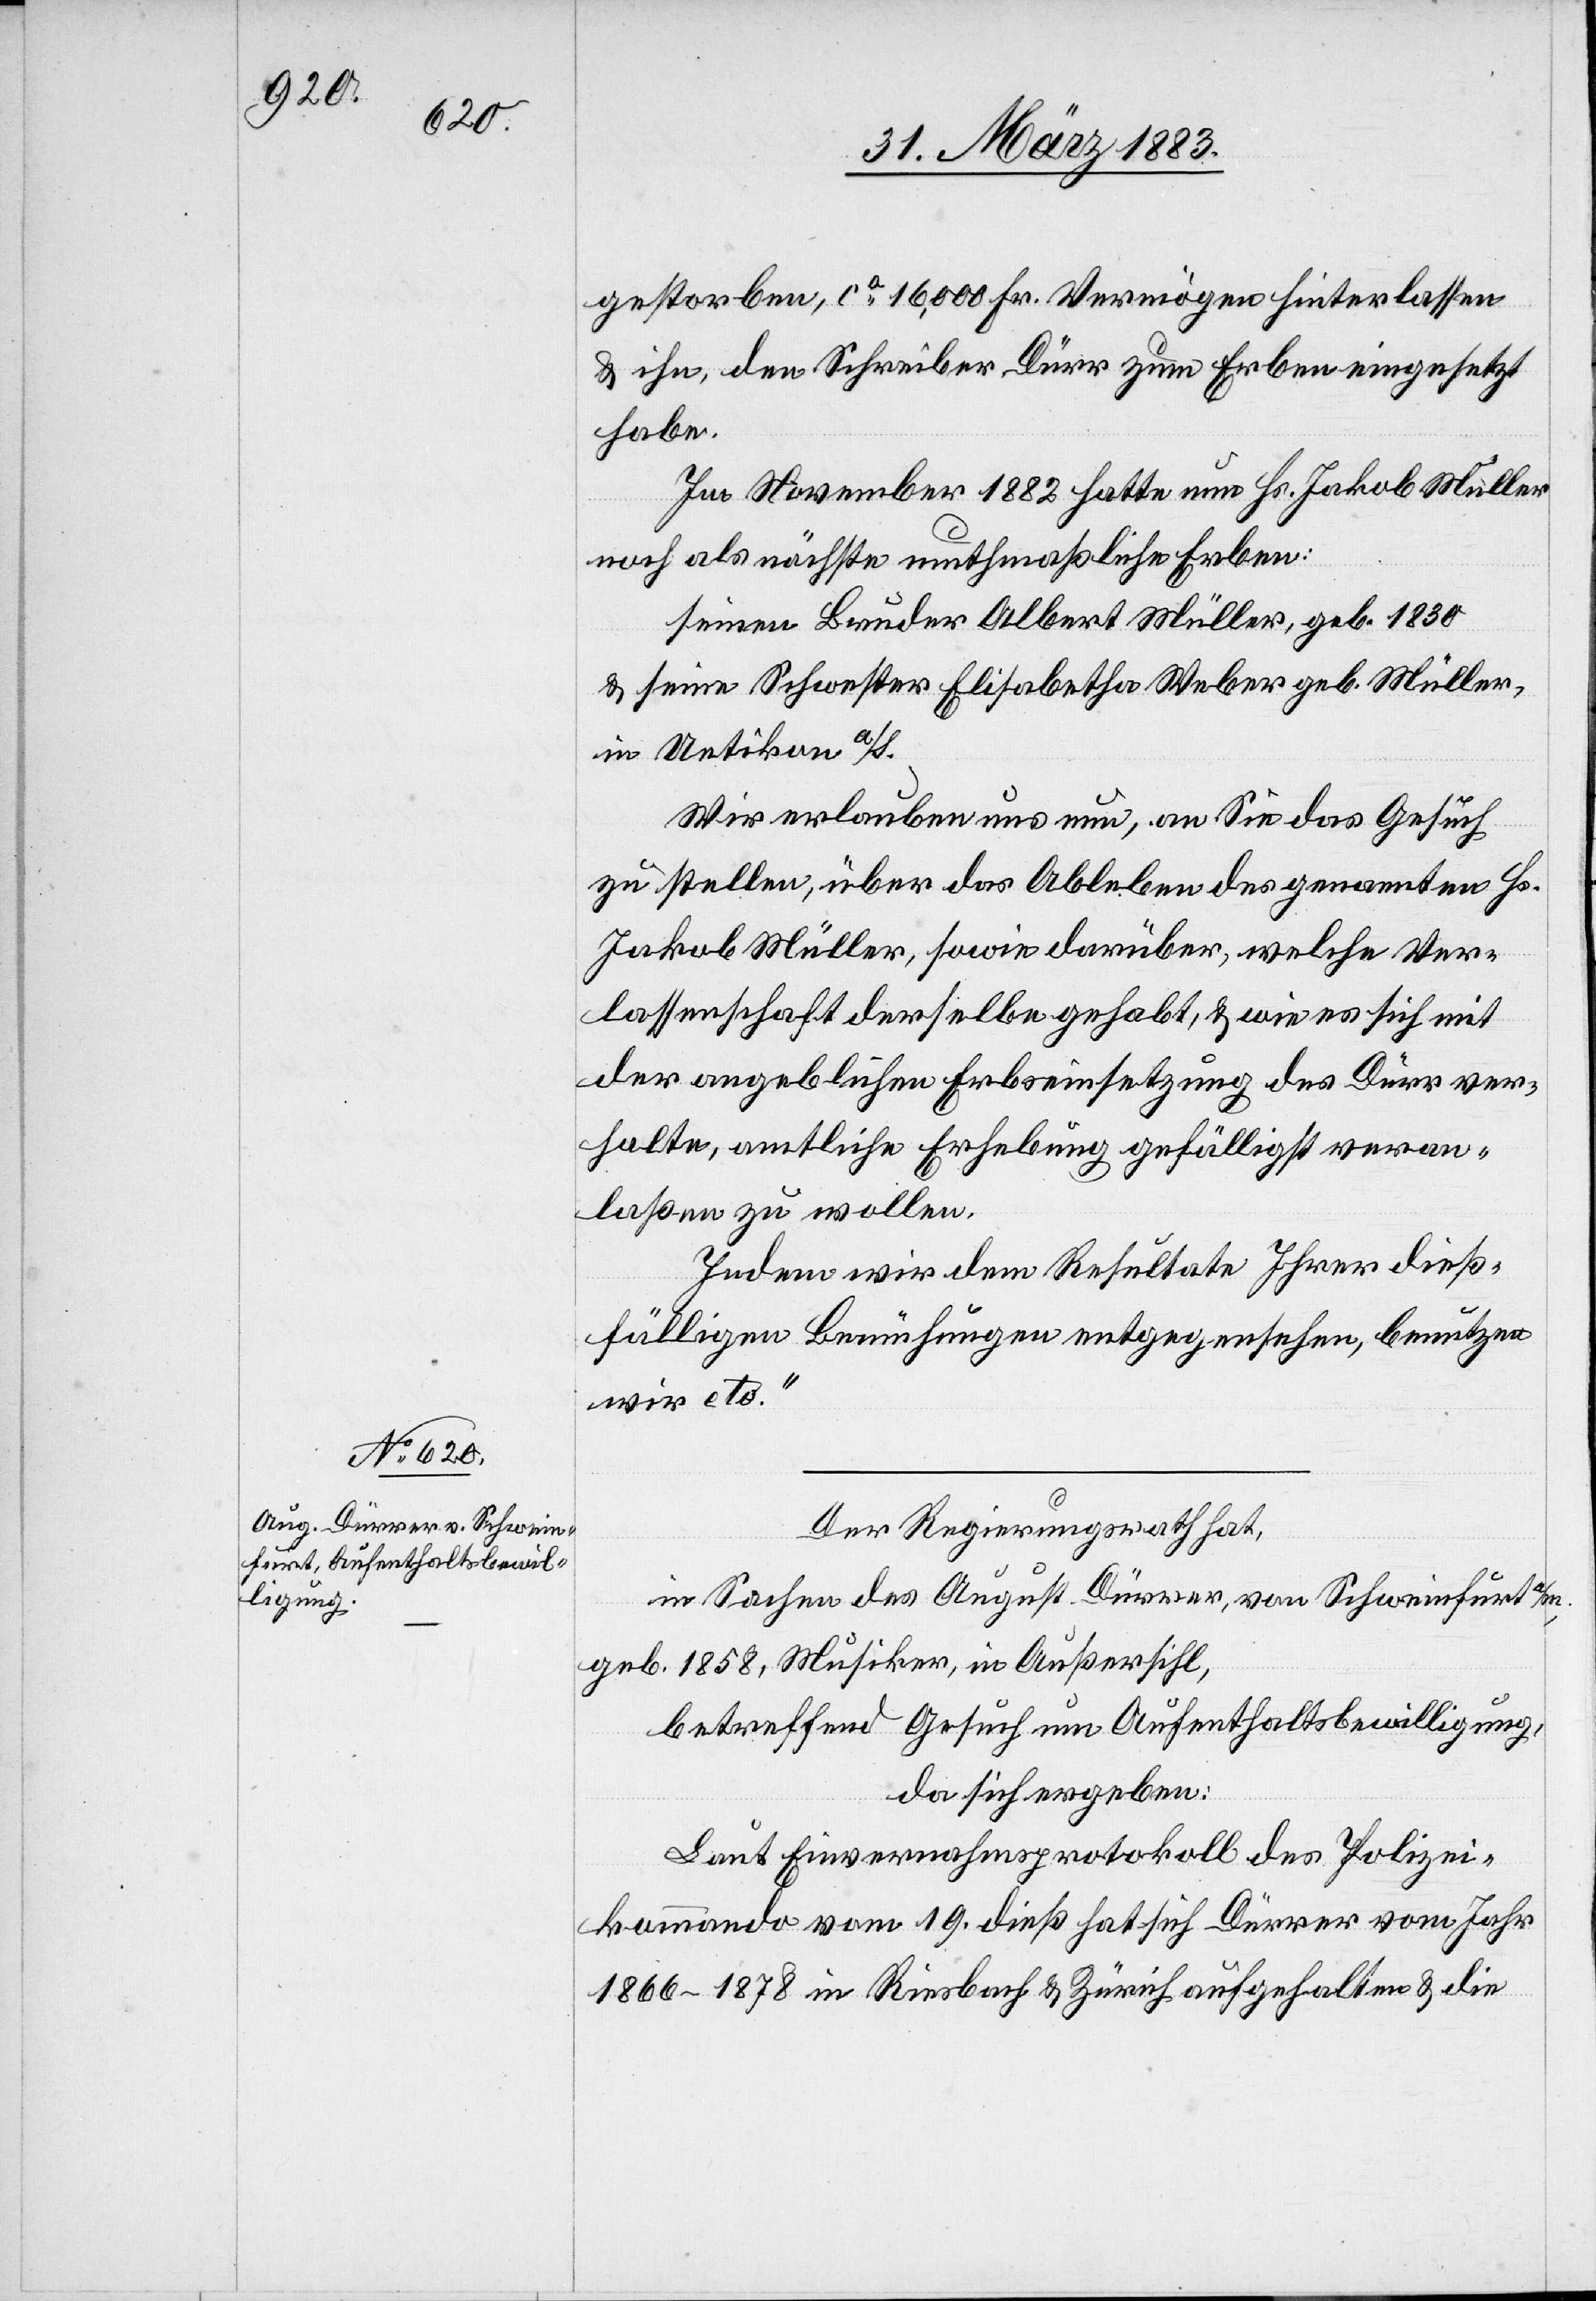
Der Regierungsrath hat,
in Sachen des August Dürrer, von Schweinfurt a/M.,
geb. 1858, Musiker, in Außersihl,
betreffend Gesuch um Aufenthaltsbewilligung,
da sich ergeben:
Laut Einvernahmsprotokoll des Polizei¬
kommando vom 19. dieß hat sich Dürrer vom Jahr
1866–1878 in Riesbach & Zürich aufgehalten & die